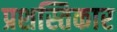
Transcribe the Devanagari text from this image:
प्रशस्तिकार